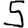
Digit: 5